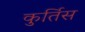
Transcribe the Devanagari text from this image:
कुर्तिस